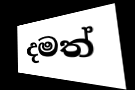
දමත්